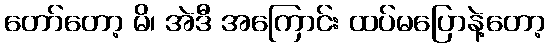
တော်တော့ မိ၊ အဲဒီ အကြောင်း ထပ်မပြောနဲ့တော့